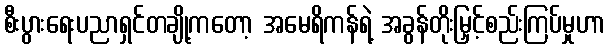
စီးပွားရေးပညာရှင်တချို့ကတော့ အမေရိကန်ရဲ့ အခွန်တိုးမြှင့်စည်းကြပ်မှုဟာ